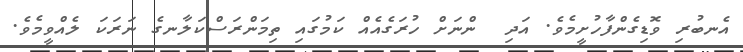
އެނބުރި ވޮޑިގެންފާހުށީމެވެ. އަދި  ންނަށް ހުރަގެއެއް ކަމުގައި ތިމަންރަސްކަލާނގެ ނަރަކަ ލެއްވީމެވެ.